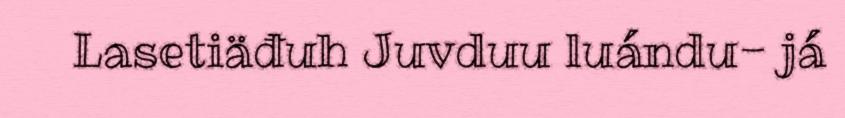
Lasetiäđuh Juvduu luándu- já